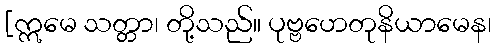
[ဣမေ သတ္တာ၊ တို့သည်။ ပုဗ္ဗဟေတုနိယာမေန၊